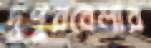
দুপুরবেলার